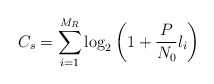
\begin{align*}C_{s} = \sum_{i=1}^{M_R} \log_2 \left( 1 + \frac{P}{N_0} l_i \right)\end{align*}